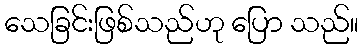
သေခြင်းဖြစ်သည်ဟု ပြော သည်။